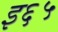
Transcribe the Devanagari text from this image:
इ६५